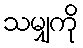
သမျှကို